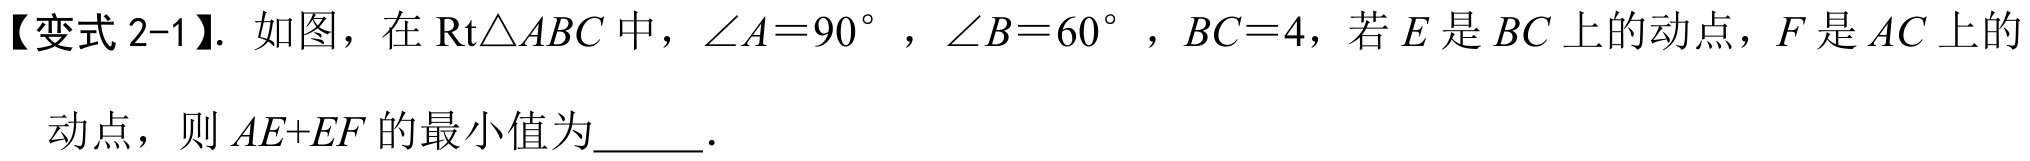
【变式2-1】. 如图，在\(\text{Rt}\triangle ABC\)中，\(\angle A = 90^{\circ}\)，\(\angle B = 60^{\circ}\)，\(BC = 4\)，若\(E\)是\(BC\)上的动点，\(F\)是\(AC\)上的
动点，则\(AE + EF\)的最小值为  ．